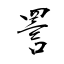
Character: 詈